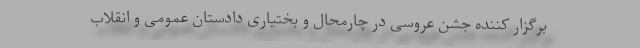
برگزار کننده جشن عروسی در چارمحال و بختیاری دادستان عمومی و انقلاب